Report on vaccination in Madras 1877-1894 - 1877-1894
Year: 1877
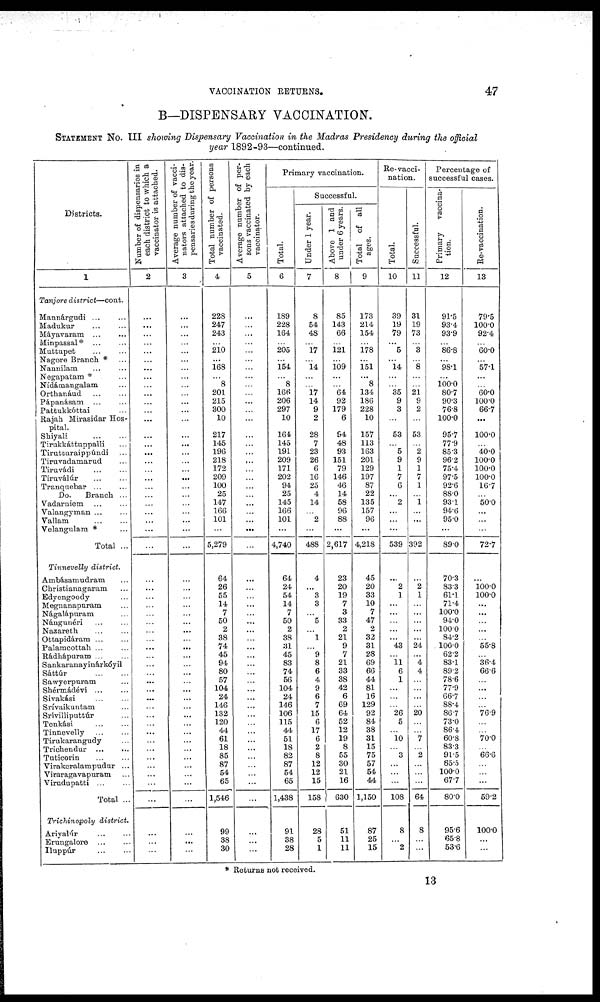
VACCINATION RETURNS.
47
B—DISPENSARY VACCINATION.
STATEMENT No. III showing Dispensary Vaccination in the Madras Presidency during the official
year 1892-93—continued.
Districts.
1
Tanjore district—cont.
Mannárgudi... ...
Madukur...
...
Máyavaram... ...
Minpassal*... ...
Muttupet... ...
Nagore Branch *...
Nannilam...
...
Negapatam *...
Nídámangalam...
Orthanáud...
...
Pápanásam...
...
Pattukkóttai...
Rajah Mirasidar Hos-
pital.
Shiyali...
...
Tirukkáttuppalli...
Tirutturaippúndi...
Tiruvadamarud...
Tiruvádi... ...
Tiruválúr...
...
Tranquebar... ...
Do.
Branch ...
Vadarniem... ...
Valangyman ... ...
Vallam... ...
Velangulam *...
Total ...
Tinnevelly district.
Ambásamudram...
Christianagaram...
Edyengoody...
Megnanapuram...
Nágalápuram...
Nángunéri... ...
Nazareth... ...
Ottapidáram ... ...
Palamcottah ... ...
Rádhápuram ... ...
Sankaranayinárkóyil
Sáttúr...
...
Sawyerpuram...
Shérmádévi... ...
Sivakási... ...
Srívaikuntam...
Srívilliputtúr ...
Tenkási...
...
Tinnevelly...
...
Tirukarangudy...
Trichendur...
...
Tuticorin...
...
Virakeralampudur ...
Viraragavapuram...
Virudupatti...
...
Total ...
Trichinopoly district.
Ariyalúr... ...
Erungalore... ...
Iluppúr... ...
Number of dispensaries in
each district to which a
vaccinator is attached.
2
...
...
...
...
...
...
...
...
...
...
...
...
...
...
...
...
...
...
...
...
...
...
...
...
...
...
...
...
...
...
...
...
...
...
...
...
...
...
...
...
...
...
...
...
...
...
...
...
...
...
...
...
...
...
...
Average number of vacci¬
nators attached to dis-
pensaries during the year.
3
...
...
...
...
...
...
...
...
...
...
...
...
...
...
...
...
...
...
...
...
...
...
...
...
...
...
...
...
...
...
...
...
...
...
...
...
...
...
...
...
...
...
...
...
...
...
...
...
...
...
...
...
...
...
...
Total number of persons
vaccinated.
4
228
247
243
...
210
...
168
...
8
201
215
300
10
217
145
196
218
172
209
100
25
147
166
101
...
5,279
64
26
55
14
7
50
2
38
74
45
94
80
57
104
24
146
132
120
44
61
18
85
87
54
65
1,546
99
38
30
Average number of per-
sons vaccinated by each
vaccinator.
5
...
...
...
...
...
...
...
...
...
...
...
...
...
...
...
...
...
...
...
...
...
...
...
...
...
...
...
...
...
...
...
...
...
...
...
...
...
...
...
...
...
...
...
...
...
...
...
...
...
...
...
...
...
...
...
Primary vaccination.
Total.
6
189
228
164
...
205
...
154
...
8
166
206
297
10
164
145
191
209
171
202
94
25
145
166
101
...
4,740
64
24
54
14
7
50
2
38
31
45
83
74
56
104
24
146
106
115
44
51
18
82
87
54
65
1,438
91
38
28
Successful.
Under 1 year.
7
8
54
48
...
17
...
14
...
...
17
14
9
2
28
7
23
26
6
16
25
4
14
...
2
...
488
4
...
3
3
...
5
...
l
...
9
8
6
4
9
6
7
15
6
17
6
2
8
12
12
15
158
28
5
1
Above 1 and
under 6 years.
8
85
143
66
...
121
...
109
...
...
64
92
179
6
94
48
93
151
79
146
46
14
58
96
88
...
2,617
23
20
19
7
3
33
2
21
9
7
21
33
38
42
6
69
64
52
12
19
8
55
30
21
16
630
51
11
11
Total of all
ages.
9
173
214
154
...
178
...
151
...
8
134
186
228
10
157
113
163
201
129
197
87
22
135
157
96
...
4,218
45
20
33
10
7
47
2
32
31
28
69
66
44
81
16
129
92
84
38
31
15
75
57
54
44
1,150
87
25
15
Re-vacci-
nation.
Total.
10
39
19
79
...
5
...
14
...
...
35
9
3
...
53
...
5
9
1
7
6
... 2
...
...
...
539
...
2
1
...
...
...
...
...
43
...
11 6
1
...
...
...
26
5
...
10
... 3
...
...
...
108
8
...
2
Successful.
11
31
19
73
...
3
...
8
...
...
21
9
2
...
53
...
2
9
1
7
1
...
1
...
...
...
392
...
2
1
...
...
...
...
...
24
...
4
4
...
...
...
...
20
...
...
7
...
2
...
...
...
64
8
...
...
Percentage of
successful cases.
Primary vaccina-
tion.
12
91.5
93.4
93.9
...
86.8
...
98.1
...
100.0
80.7
90.3
76.8
100.0
95.7
77.9
85.3
96.2
75.4
97.5
92.6
880
93.1
94.6
95.0
...
890
70.3
83.3
61.1
71.4
100.0
94.0
100.0
84.2
100.0
62.2
83.1
89.2
78.6
77.9
66.7
88.4
86.7
73.0
86.4
60.8
83.3
91.5
65.5
100.0
67.7
80.0
95.6
65.8
53.6
Re-vaccination.
13
79.5
100.0
92.4
...
60.0
...
57.1
...
...
60.0
100.0
66.7
...
100.0
...
40.0
100.0
100.0
100.0
16.7
...
50.0
...
...
...
72.7
...
100.0
100.0
...
...
...
...
...
55.8
...
36.4
66.6
...
...
...
...
76.9
...
...
70.0
...
66.6
...
...
...
59.2
100.0
...
...
* Returns not received.
13